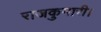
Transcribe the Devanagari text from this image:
राजकुमारी।